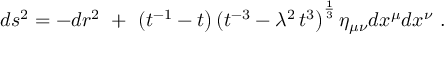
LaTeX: d s ^ { 2 } = - d r ^ { 2 } ~ + ~ ( t ^ { - 1 } - t \big ) \, ( t ^ { - 3 } - \lambda ^ { 2 } \, t ^ { 3 } \big ) ^ { \frac { 1 } { 3 } } \, \eta _ { \mu \nu } d x ^ { \mu } d x ^ { \nu } \ .